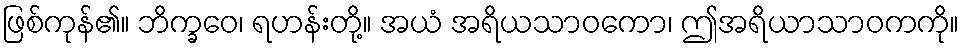
ဖြစ်ကုန်၏။ ဘိက္ခဝေ၊ ရဟန်းတို့။ အယံ အရိယသာဝကော၊ ဤအရိယာသာဝကကို။